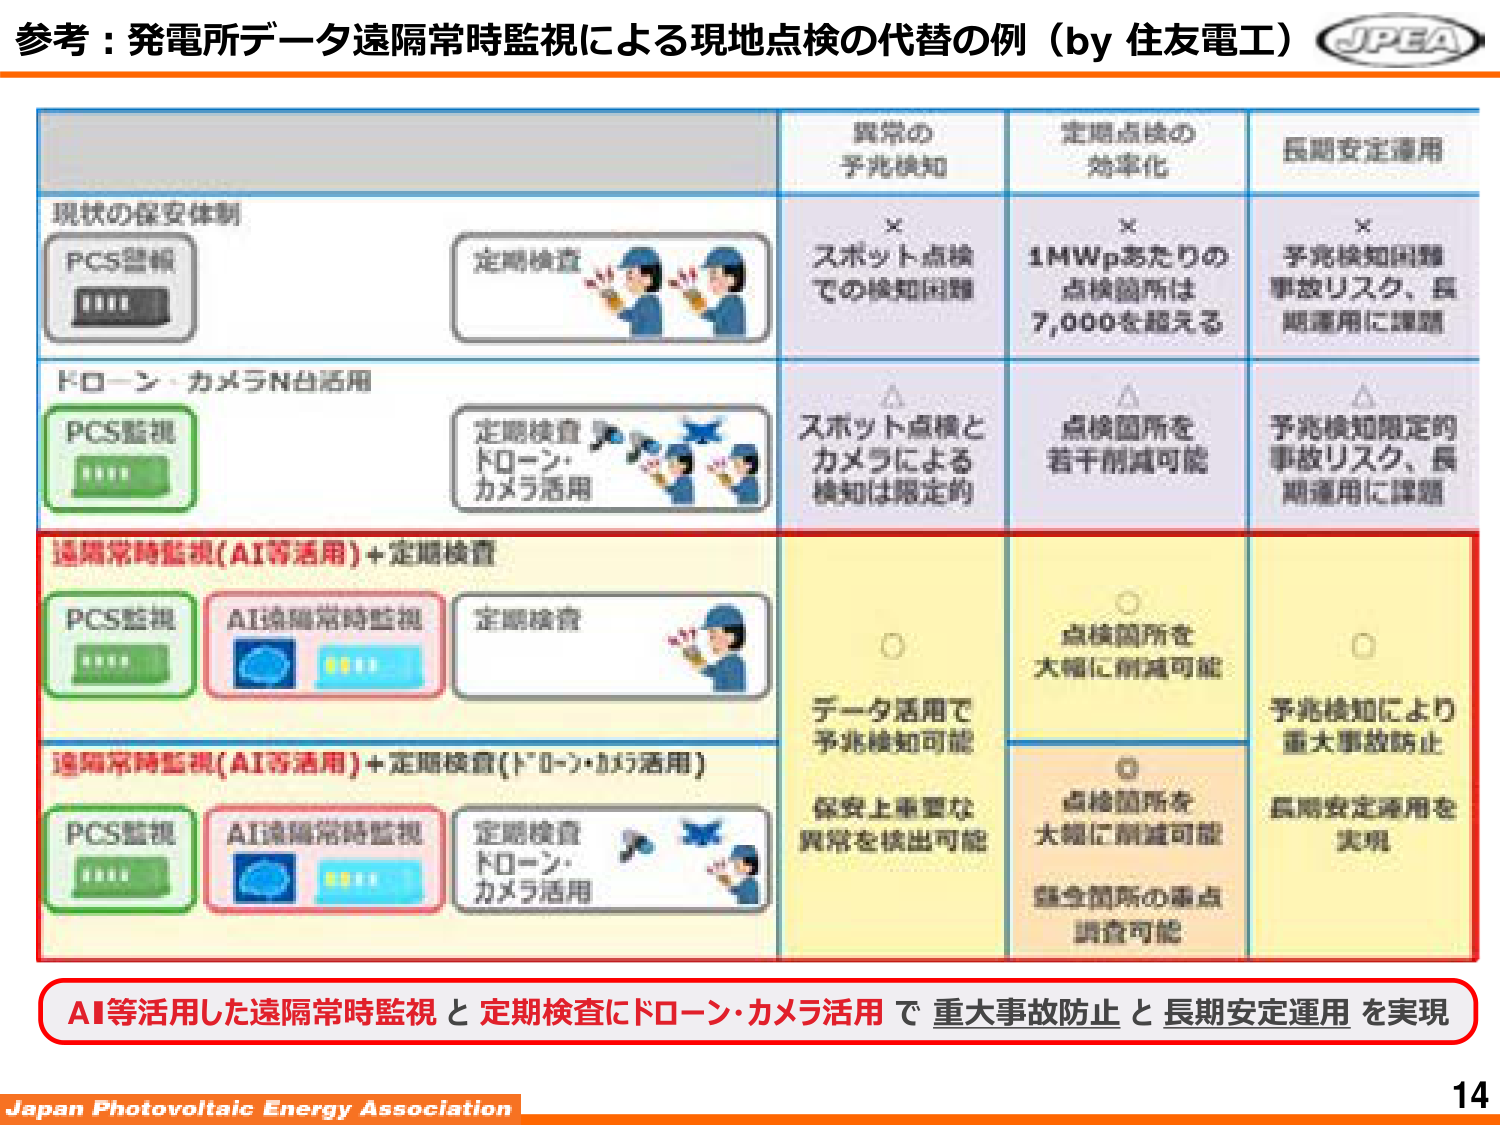
参考：発電所データ遠隔常時監視による現地点検の代替の例（by 住友電工） JPEA

現状の保安体制
PCS監視
定期検査

異常の予兆検知
× スポット点検での検知困難

定期点検の効率化
× 1MWpあたりの点検箇所は7,000を超える

長期安定運用
× 予兆検知困難 事故リスク、長期運用に課題

ドローン・カメラN台活用
PCS監視
定期検査 ドローン・カメラ活用

異常の予兆検知
△ スポット点検とカメラによる検知は限定的

定期点検の効率化
△ 点検箇所を若干削減可能

長期安定運用
△ 予兆検知限定的 事故リスク、長期運用に課題

遠隔常時監視（AI等活用）＋定期検査
PCS監視
AI遠隔常時監視
定期検査

異常の予兆検知
○ データ活用で予兆検知可能
保安上重要な異常を検出可能

定期点検の効率化
○ 点検箇所を大幅に削減可能

長期安定運用
○ 予兆検知により重大事故防止 長期安定運用を実現

遠隔常時監視（AI等活用）＋定期検査（ドローン・カメラ活用）
PCS監視
AI遠隔常時監視
定期検査 ドローン・カメラ活用

異常の予兆検知
○ データ活用で予兆検知可能
保安上重要な異常を検出可能

定期点検の効率化
○ 点検箇所を大幅に削減可能
健全箇所の重点調査可能

長期安定運用
○ 予兆検知により重大事故防止 長期安定運用を実現

AI等活用した遠隔常時監視と定期検査にドローン・カメラ活用で重大事故防止と長期安定運用を実現

Japan Photovoltaic Energy Association
14